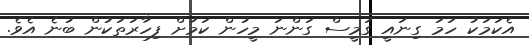
އެކަމަކު ހަމަ ގިނައީ ގަމީސް ގަންނަ މީހުން ކަމަށް ފިހާރަތަކުން ބުނެ އެވެ.